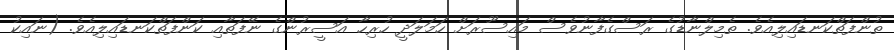
ތުންފަތްކަނޑައިލިއެވެ. ތެމިލްނާޑުގެ ރަސްގެފާނުވެސް މައިސޫރަށް ހަމަލަދީ ހުރިހާ އަސީރުންގެ ނޭފަތާއި ކަންފަތްކަނޑައިލިއެވެ. (ނައިކު